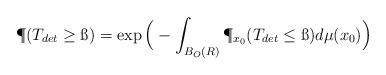
LaTeX: \begin{align*} \P(T_{det}\geq \ss)=\exp\Big(-\int_{B_O(R)}\P_{x_0}(T_{det}\leq \ss)d\mu(x_0)\Big)\end{align*}